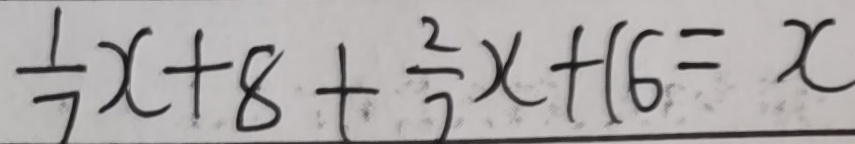
\frac { 1 } { 7 } x + 8 + \frac { 2 } { 7 } x + 1 6 = x